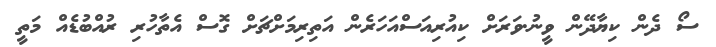
ސޯ ދެން ކިޔާދޭން ވީނު.ވަރަށް ކިއުރިއަސްއަހަރެން އަތިރިމަށްޗަށް ގޮސް އެތާހުރި ރުއްބުޑެއް މަތީ